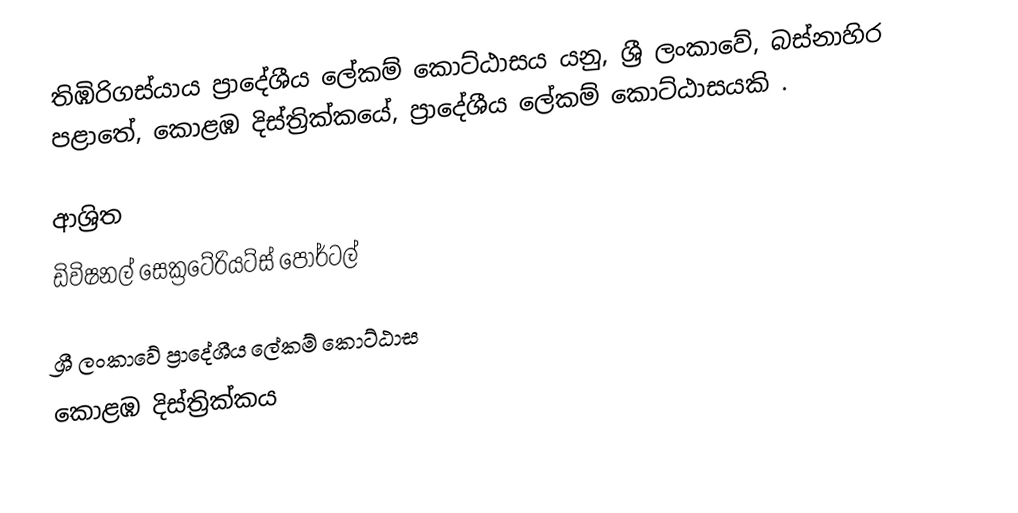
තිඹිරිගස්යාය ප්‍රාදේශීය ලේකම් කොට්ඨාසය යනු,  ශ්‍රී ලංකාවේ, බස්නාහිර පළාතේ,   කොළඹ දිස්ත්‍රික්කයේ, ප්‍රාදේශීය ලේකම් කොට්ඨාසයකි .

ආශ්‍රිත
 ඩිවිෂනල් සෙක්‍රටේරියට්ස් පෝර්ටල්

ශ්‍රී ලංකාවේ ප්‍රාදේශීය ලේකම් කොට්ඨාස
කොළඹ දිස්ත්‍රික්කය